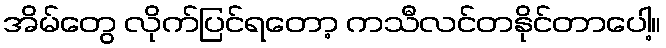
အိမ်တွေ လိုက်ပြင်ရတော့ ကသီလင်တနိုင်တာပေါ့။